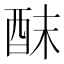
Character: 𮠢